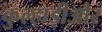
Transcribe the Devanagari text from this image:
कुल्हाड़ीऔर